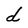
Character: d